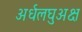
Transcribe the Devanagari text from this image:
अर्धलघुअक्ष